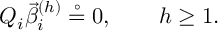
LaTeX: Q _ { i } \vec { \beta } _ { i } ^ { ( h ) } \stackrel { \circ } { = } { 0 } , \quad \quad h \geq 1 .